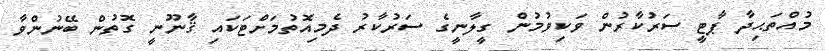
މުއްތަޙިދާ ޕާޓީ ސަރުކާރުން ވަކިވުމުން ގީލާނީގެ ސަރުކާރު ދެމިއޮތުމަށްޓަކައި ޤާނޫނީ ގޮތުން ބޭނުންވާ